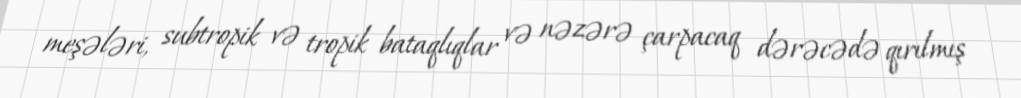
meşələri, subtropik və tropik bataqlıqlar və nəzərə çarpacaq dərəcədə qırılmış